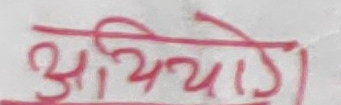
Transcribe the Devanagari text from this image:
आयोज